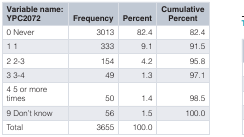
<table><thead><tr><td><b>Variable name:YPC2072</b></td><td><b>Frequency</b></td><td><b>Percent</b></td><td><b>CumulativePercent</b></td></tr></thead><tbody><tr><td>0 Never</td><td>3013</td><td>82.4</td><td>82.4</td></tr><tr><td>1 1</td><td>333</td><td>9.1</td><td>91.5</td></tr><tr><td>2 2-3</td><td>154</td><td>4.2</td><td>95.8</td></tr><tr><td>3 3-4</td><td>49</td><td>1.3</td><td>97.1</td></tr><tr><td>4 5 or moretimes</td><td>50</td><td>1.4</td><td>98.5</td></tr><tr><td>9 Don&#x27;t know</td><td>56</td><td>1.5</td><td>100.0</td></tr><tr><td>Total</td><td>3655</td><td>100.0</td><td></td></tr></tbody></table>